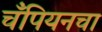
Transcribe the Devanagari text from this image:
चँपियनचा